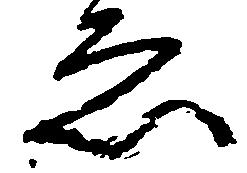
ゑ